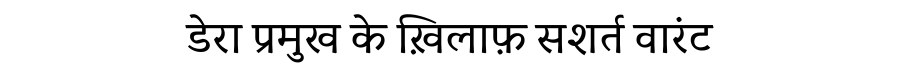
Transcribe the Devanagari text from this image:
डेरा प्रमुख के ख़िलाफ़ सशर्त वारंट